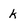
Character: k